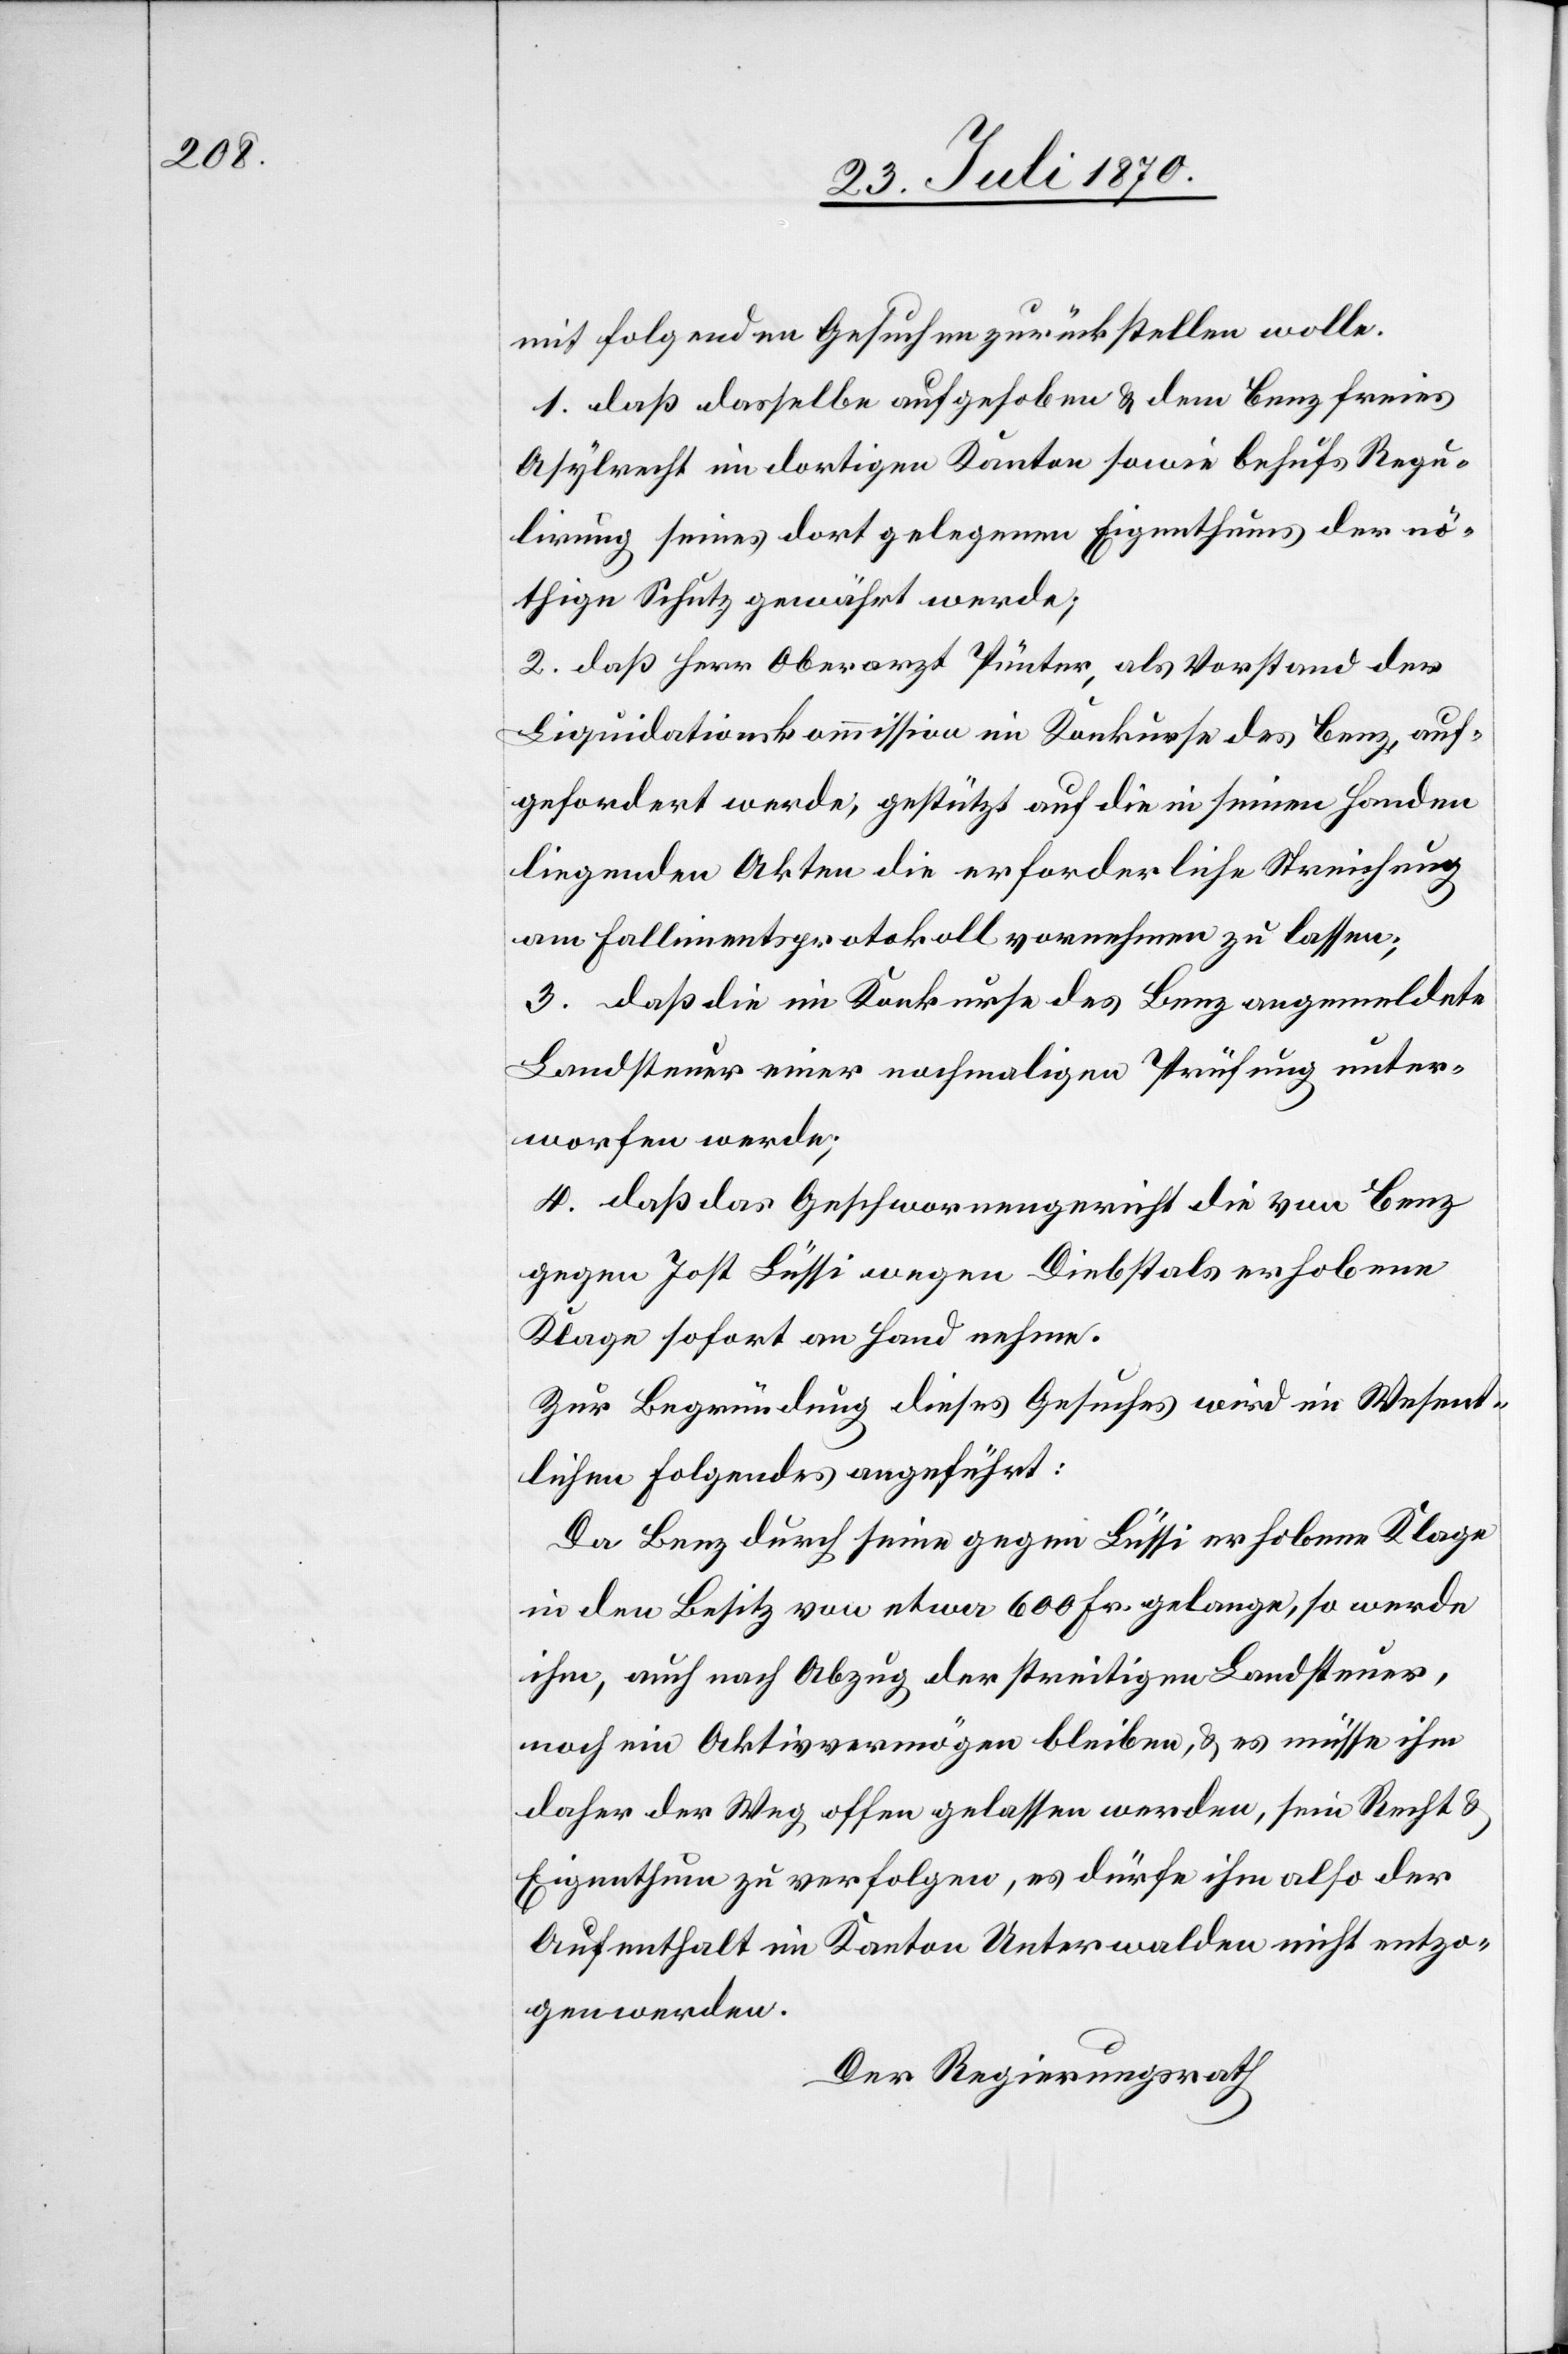
mit folgenden Gesuchen zurückstellen wolle.
1. daß dasselbe aufgehoben & dem Benz freies
Asylrecht im dortigen Kanton sowie behufs Regu¬
lirung seines dort gelegenen Eigenthums der nö¬
thige Schutz gewährt werde;
2. daß Herr Oberarzt Pünter, als Vorstand der
Liquidationskommission im Konkurse des Benz, auf¬
gefordert werde, gestützt auf die in seinen Handen
liegenden Akten die erforderliche Streichung
am Fallimentsprotokoll vornehmen zu lassen;
3. daß die im Konkurse des Benz angemeldete
Landsteuer einer nochmaligen Prüfung unter¬
worfen werde;
4. daß das Geschworenengericht die von Benz
gegen Jost Lüssi wegen Diebstals erhobene
Klage sofort an Hand nehme.
Zur Begründung dieses Gesuches wird im Wesent¬
lichen folgendes angeführt:
Da Benz durch seine gegen Lüssi erhobene Klage
in den Besitz von etwa 600 Fr. gelange, so werde
ihm, auch nach Abzug der streitigen Landsteuer,
noch ein Aktivvermögen bleiben, & es müsse ihm
daher der Weg offen gelassen werden, sein Recht &
Eigenthum zu verfolgen, es dürfe ihm also der
Aufenthalt im Kanton Unterwalden nicht entzo¬
gen werden.
Der Regierungsrath